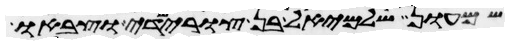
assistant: שמעון שלמיאל בן צורישדי וצבאו